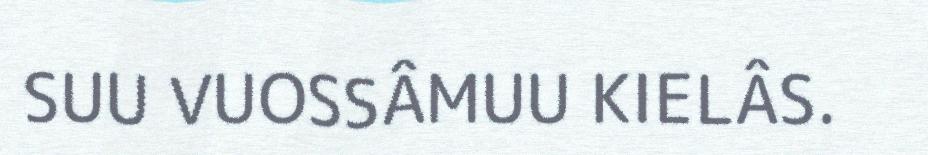
SUU VUOSSÂMUU KIELÂS.